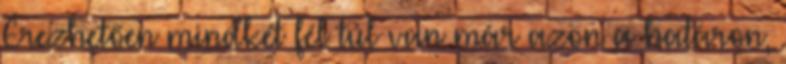
Érezhetően mindkét fél túl van már azon a határon,